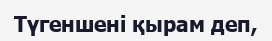
Түгеншені қырам деп,